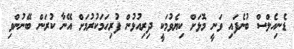
ޑެނިއެލްސް ބުނެފައި ވަނީ މޮޅަށް ކިޔެވުމަކީ ދިރިއުޅުން ފުރިހަމަކުރުމަށް އޭނާ ކުރަން ބޭނުންވި